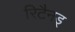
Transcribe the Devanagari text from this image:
रिटैनड्